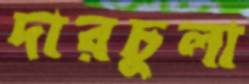
দারচুলা